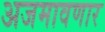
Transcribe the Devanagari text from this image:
अजमावणार